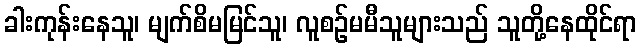
ခါးကုန်းနေသူ၊ မျက်စိမမြင်သူ၊ လူစဉ်မမီသူများသည် သူတို့နေထိုင်ရာ